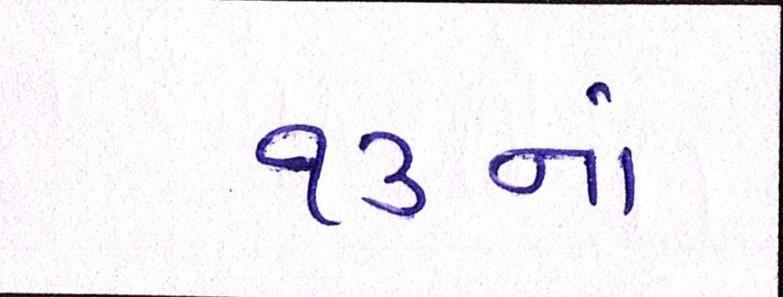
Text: ૧૩નાં